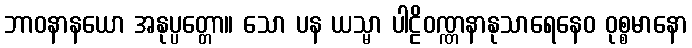
ဘာဝနာနယော အနုပ္ပတ္တော။ သော ပန ယသ္မာ ပါဠိဝဏ္ဏနာနုသာရေနေဝ ဝုစ္စမာနော